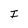
Character: I